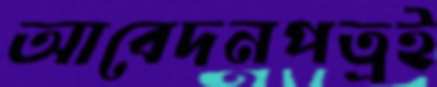
আবেদনপত্রই